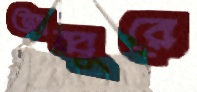
আব্বুরে